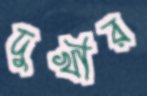
দুখীর